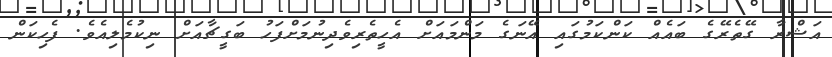
އަޝްރާ ގޭތެރޭގެ ބައެއް ކަންކަމުގައި އޭނަގެ މަންމައަށް އެހީތެރިވެދިނުމަށްފަހު ބަގީޗާއަށް ނިކުމެލިއެވެ. ފެހިކަން